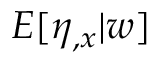
E [ \eta _ { , x } | w ]